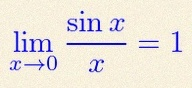
\lim_{x\to0}\frac{\sin x}{x}=1